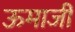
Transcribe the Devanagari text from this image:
ऊमाजी